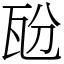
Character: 瓰